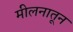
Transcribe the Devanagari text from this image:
मीलनातून